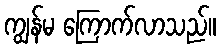
ကျွန်မ ကြောက်လာသည်။